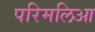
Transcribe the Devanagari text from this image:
परिमलिआ